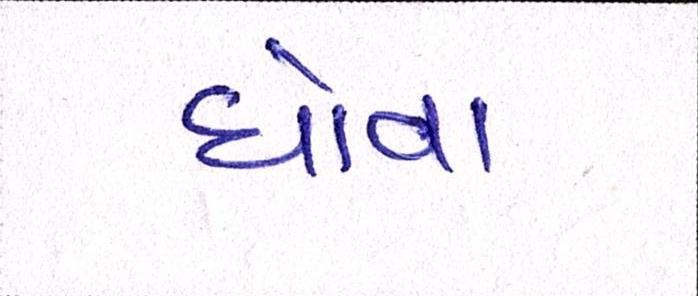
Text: ધોવા